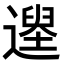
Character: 𨖽